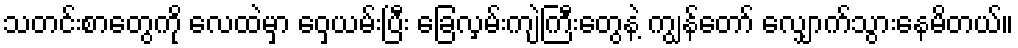
သတင်းစာတွေကို လေထဲမှာ ဝှေ့ယမ်းပြီး ခြေလှမ်းကျဲကြီးတွေနဲ့ ကျွန်တော် လျှောက်သွားနေမိတယ်။